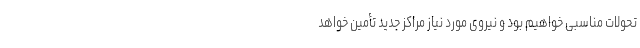
تحولات مناسبی خواهیم بود و نیروی مورد نیاز مراکز جدید تأمین خواهد